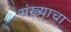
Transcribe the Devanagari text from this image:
संख्याचा